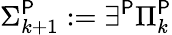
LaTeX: \Sigma_{k+1}^{\mathsf{P}}:=\exists^{\mathsf{P}}\Pi_{k}^{\mathsf{P}}